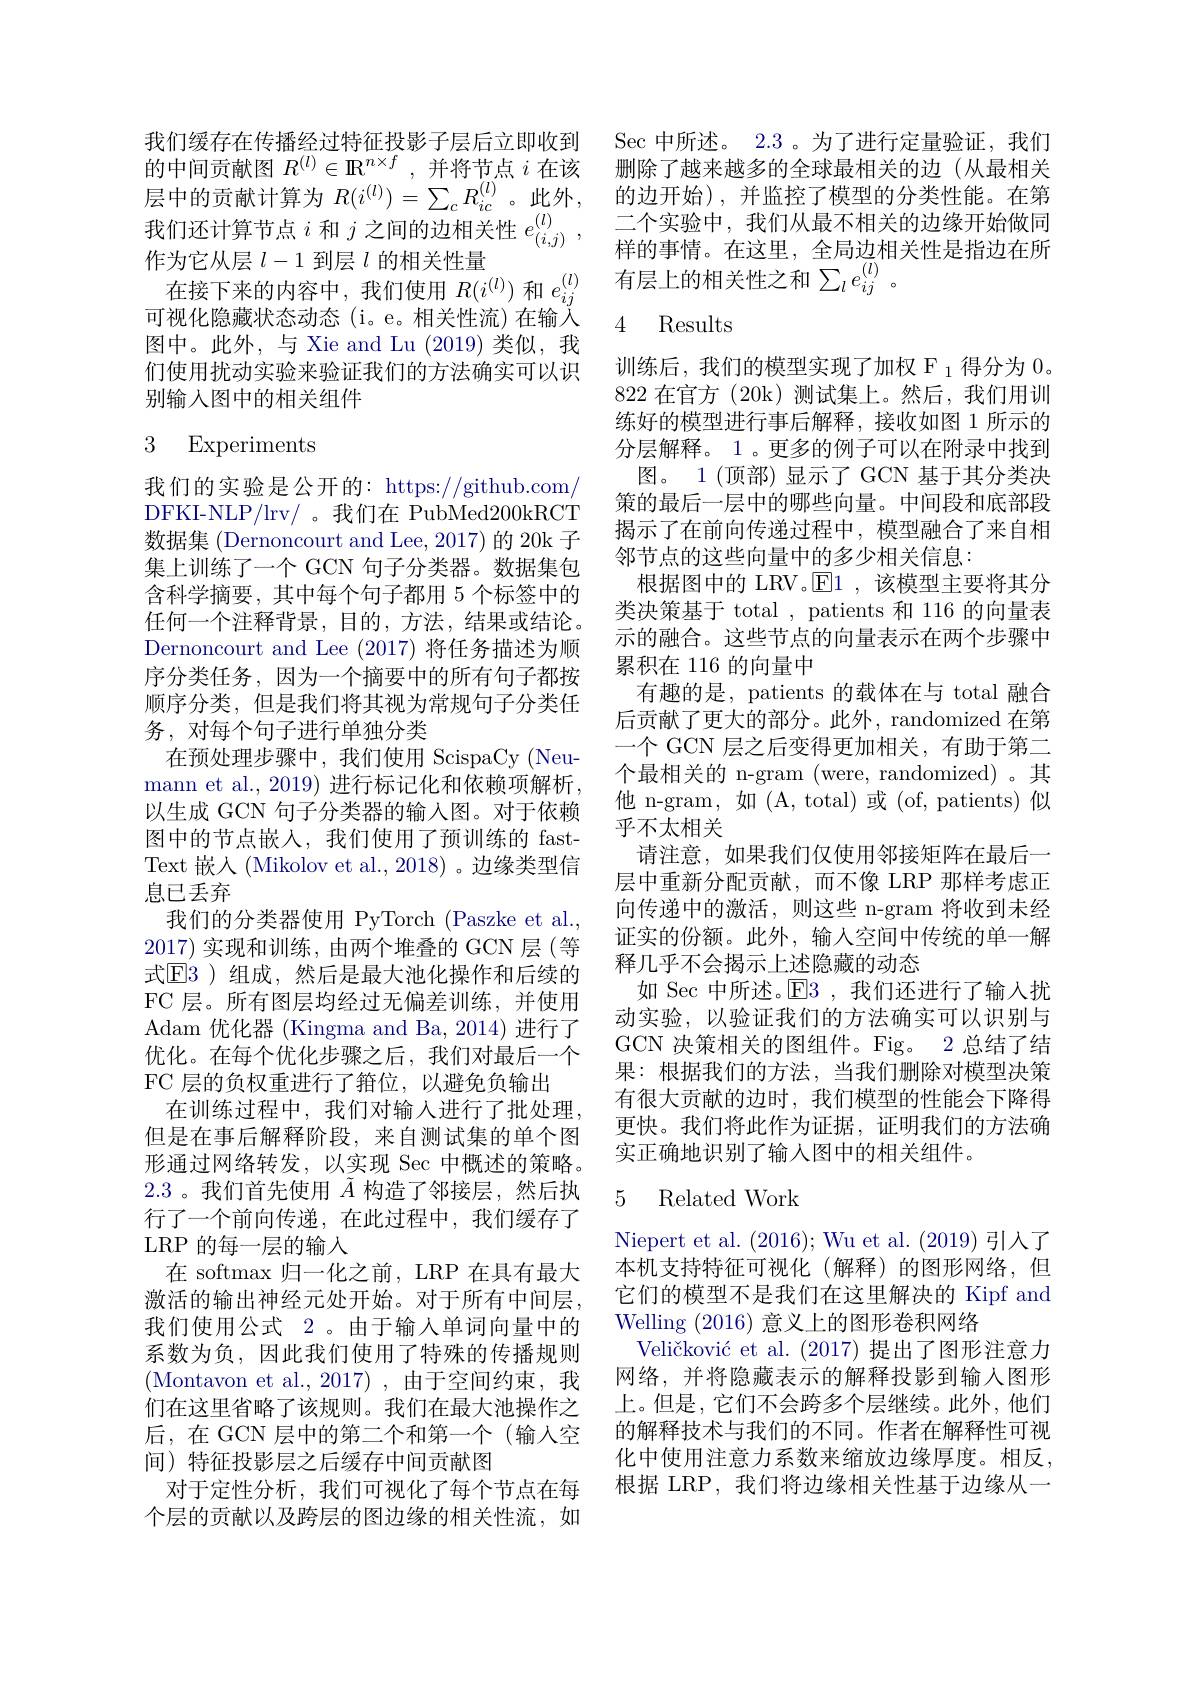
可视化隐藏状态动态(i。e。相关性流)在输入图中。此外，与 Xie and Lu (2019)类似，我们使用扰动实验来验证我们的方法确实可以识别输入图中的相关组件

# 3 Experiments

我们的实验是公开的：https://github.com/ DFKI-NLP/lrv/ 。我们在 PubMed200kRCT 数据集 (Dernoncourt and Lee, 2017) 的 20k 子集上训练了一个 GCN 句子分类器。数据集包含科学摘要，其中每个句子都用 5 个标签中的任何一个注释背景，目的，方法，结果或结论。Dernoncourt and Lee (2017) 将任务描述为顺序分类任务，因为一个摘要中的所有句子都按顺序分类，但是我们将其视为常规句子分类任务，对每个句子进行单独分类
在预处理步骤中，我们使用 ScispaCy (Neumann et al., 2019) 进行标记化和依赖项解析， 以生成 GCN 句子分类器的输入图。对于依赖图中的节点嵌人，我们使用了预训练的 fastText 嵌入(Mikolov et al., 2018) 。边缘类型信息已丢弃
我们的分类器使用 PyTorch (Paszke et al., 2017)实现和训练，由两个堆叠的 GCN 层(等式$\mathbb{E}$3 )组成，然后是最大池化操作和后续的FC 层。所有图层均经过无偏差训练，并使用Adam 优化器 (Kingma and Ba, 2014) 进行了优化。在每个优化步骤之后，我们对最后一个FC 层的负权重进行了箝位，以避免负输出
在训练过程中，我们对输入进行了批处理， 但是在事后解释阶段，来自测试集的单个图形通过网络转发，以实现 Sec 中概述的策略。2.3 。我们首先使用$\tilde{A}$构造了邻接层，然后执行了一个前向传递，在此过程中，我们缓存了LRP 的每一层的输入
在 softmax 归一化之前，LRP 在具有最大激活的输出神经元处开始。对于所有中间层， 我们使用公式 2。由于输入单词向量中的系数为负，因此我们使用了特殊的传播规则(Montavon et al.,2017),由于空间约束，我们在这里省略了该规则。我们在最大池操作之后，在 GCN 层中的第二个和第一个(输入空间)特征投影层之后缓存中间贡献图
对于定性分析，我们可视化了每个节点在每个层的贡献以及跨层的图边缘的相关性流，如

我们缓存在传播经过特征投影子层后立即收到 Sec 中所述。2.3 。为了进行定量验证，我们的中间贡献图$R^{(l)}\in\mathbb{R}^{n\times f}$ ,并将节点$i$在该 删除了越来越多的全球最相关的边 (从最相关层 中 的 贡 献 计 算 为 $R( i^{( l) }) = \sum _{c}R_{ic}^{( l) }$。此 外 , 的 边 开 始 ) , 并 监 控 了 模 型 的 分 类 性 能 。在 第 我 们 还 计 算 节 点 $i$ 和 $j$ 之 间 的 边 相 关 性 $e_{( i, j) }^{( l) }$, 二 个 实 验 中 , 我 们 从 最 不 相 关 的 边 缘 开 始 做 同 作 为 它 从 层 $l- 1$ 到 层 $l$ 的 相 羊 性 量作为它从层$l-1$到层$l$的相关性量 件的事情。在这里，全局边相关在接下来的内容中，我们使用$R(i^{(l)})$和$e_{ij}^{(l)}$有层上的相关性之和$\sum_le_{ij}^{(l)}$。

## 4 Results

训练后，我们的模型实现了加权 F $_1$得分为0。822在官方 (20k)测试集上。然后，我们用训练好的模型进行事后解释，接收如图 1 所示的分层解释。1。更多的例子可以在附录中找到图。1 (顶部)显示了 GCN 基于其分类决
策的最后一层中的哪些向量。中间段和底部段揭示了在前向传递过程中，模型融合了来自相邻节点的这些向量中的多少相关信息：
根据图中的 LRV。$\boxed{\mathrm{F}}1$,该模型主要将其分类决策基于 total , patients 和 116 的向量表示的融合。这些节点的向量表示在两个步骤中累积在 116 的向量中
有趣的是，patients 的载体在与 total 融合后贡献了更大的部分。此外，randomized 在第一个 GCN 层之后变得更加相关，有助于第二个最相关的 n-gram (were, randomized) 。其他 n-gram, 如(A, total)或 (of, patients)似乎不太相关
请注意，如果我们仅使用邻接矩阵在最后一层中重新分配贡献，而不像 LRP 那样考虑正向传递中的激活，则这些 n-gram 将收到未经证实的份额。此外，输入空间中传统的单一解释几乎不会揭示上述隐藏的动态
如 Sec 中所述。E3 , 我们还进行了输入扰动实验，以验证我们的方法确实可以识别与GCN 决策相关的图组件。Fig。2 总结了结果：根据我们的方法，当我们删除对模型决策有很大贡献的边时，我们模型的性能会下降得更快。我们将此作为证据，证明我们的方法确实正确地识别了输入图中的相关组件。

### 5 Related Work

Niepert et al. (2016);Wu et al. (2019)引入了本机支持特征可视化(解释)的图形网络，但它们的模型不是我们在这里解决的 Kipf and Welling (2016)意义上的图形卷积网络
Veličković et al. (2017)提出了图形注意力网络，并将隐藏表示的解释投影到输入图形上。但是，它们不会跨多个层继续。此外，他们的解释技术与我们的不同。作者在解释性可视化中使用注意力系数来缩放边缘厚度。相反， 根据 LRP,我们将边缘相关性基于边缘从一